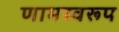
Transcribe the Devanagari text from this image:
णामस्वरूप